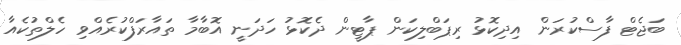
ބަޖެޓް ފާސްކުރަން އިދިކޮޅު ރިޕަބްލިކަން ޕާޓީން ދެކޮޅު ހަދަނީ އޮބާމާ ތައާރަފްކުރެއްވި ހެލްތުކެއާ